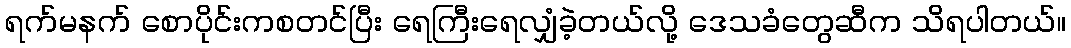
ရက်မနက် စောပိုင်းကစတင်ပြီး ရေကြီးရေလျှံခဲ့တယ်လို့ ဒေသခံတွေဆီက သိရပါတယ်။